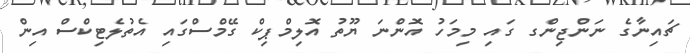
ޗައިނާގެ ނަންޖިންގ ގައި މިމަހު އޮންނަ ޔޫތު އޮލިމްޕިކް ގޭމްސްގައި އެތުލެޓިކްސް އިން